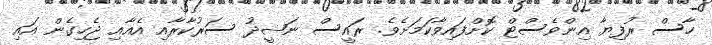
ހާސް ރުފިޔާ އިންވެސްޓް ކޮށްފައިވާކަމަށެވެ. ރައީސް ނަޝީދު ސަރުކާރާއި އެއާއި ޖެހިގެން އައި